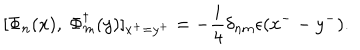
LaTeX: [ \Phi _ { n } ( x ) , \ \Phi _ { m } ^ { \dagger } ( y ) ] _ { x ^ { + } = y ^ { + } } = - \frac { i } { 4 } \delta _ { n m } \epsilon ( x ^ { -- } y ^ { - } ) .